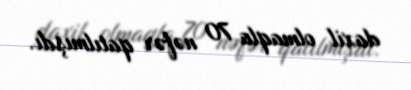
daxil olmaqla 70 nəfər qatılmışdı.